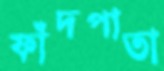
ফাঁদপাতা